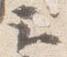
云